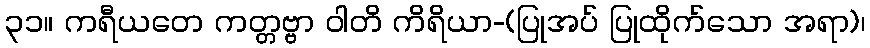
၃၁။ ကရီယတေ ကတ္တဗ္ဗာ ဝါတိ ကိရိယာ-(ပြုအပ် ပြုထိုက်သော အရာ)၊